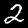
Digit: 2